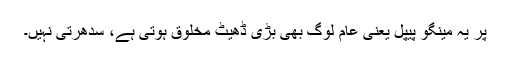
پر یہ مینگو پیپل یعنی عام لوگ بھی بڑی ڈھیٹ مخلوق ہوتی ہے، سدھرتی نہیں۔